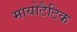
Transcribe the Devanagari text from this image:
मायोटैटिक